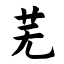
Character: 芜